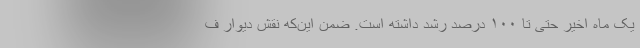
یک ماه اخیر حتی تا ۱۰۰ درصد رشد داشته است. ضمن این‌که نقش دیوار ف